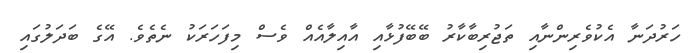
ހަރުދަނާ އެކުވެރިންނާއި ތަޖުރިބާކާރު ބޭބޭފުޅާއި އާއިލާއެއް ވެސް މިފަހަރަކު ނެތެވެ. އޭގެ ބަދަލުގައި